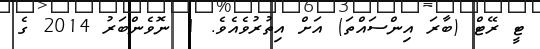
ޓީ ރޭޓް (ބާރަ އިންސައްތަ) އަށް އިތުރުވެއެވެ. 1 ނޮވެންބަރު 2014 ގެ